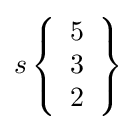
s\left\{{\begin{array}{l}5\\3\\2\end{array}}\right\}